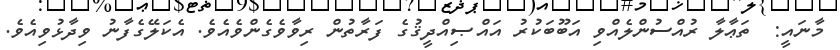
މާނައީ:  ތަޢާލާ ރުއްސުންލެއްވި އަބޫބަކުރު އައްޞިއްދީޤުގެ ފަރާތުން ރިވާވެގެންވެއެވެ. އެކަލޭގެފާނު ވިދާޅުވިއެވެ.